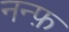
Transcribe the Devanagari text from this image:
नन्फ़